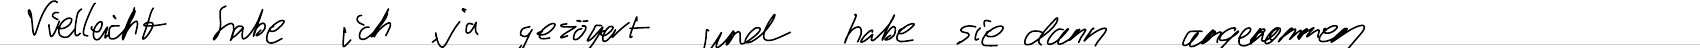
Vielleicht habe ich ja gezögert und habe sie dann angenommen